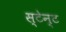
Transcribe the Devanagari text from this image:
स्टेन्ट